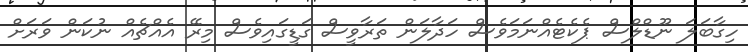
ހިގާބަލަ ނޫޑްލްސް ޕެކެޓެއްނަމަވެސް ހަދާލަން ތަރާވީސް ގަޑީގައިވެސް މިރޭ އެއްޗެއް ނުކަން ވަރަށް